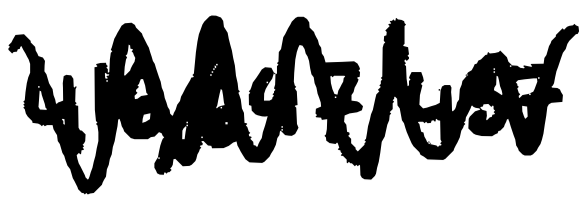
Text: 416/647/437
Cross-out: zig-zag
Writing tool: digital_black